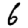
Digit: 6